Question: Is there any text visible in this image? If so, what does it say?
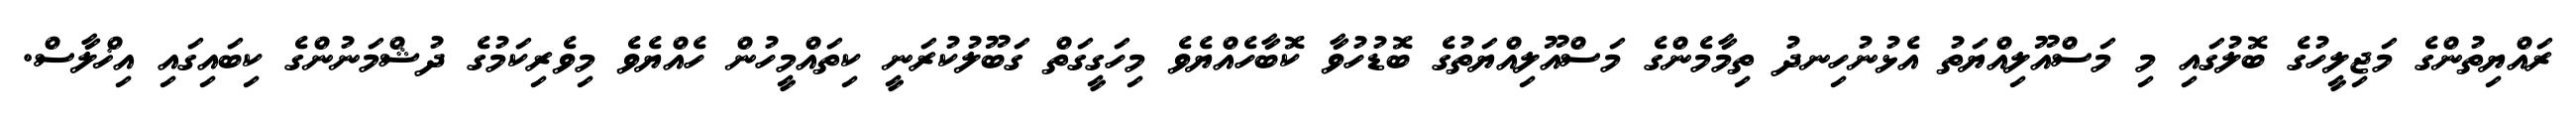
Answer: ރައްޔިތުންގެ މަޖިލީހުގެ ބޮލުގައި މި މަސްއޫލިއްޔަތު އެޅުނުހިނދު ތިމާމެންގެ މަސްއޫލިއްޔަތުގެ ބޮޑުހުވާ ކޮބާހެއްޔެވެ މިހަގީގަތް ގަބޫލުކުރަނީ ކިތައްމީހުން ހެއްޔެވެ މިވެރިކަމުގެ ދުޝްމަނުންގެ ކިބައިގައި އިޚްލާސް.